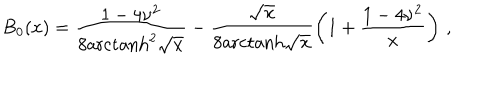
B _ { 0 } ( x ) = \frac { 1 - 4 \nu ^ { 2 } } { 8 \mathrm { a r c t a n h } ^ { 2 } \sqrt { x } } - \frac { \sqrt { x } } { 8 \mathrm { a r c t a n h } \sqrt { x } } \left( 1 + \frac { 1 - 4 \nu ^ { 2 } } { x } \right) \, ,